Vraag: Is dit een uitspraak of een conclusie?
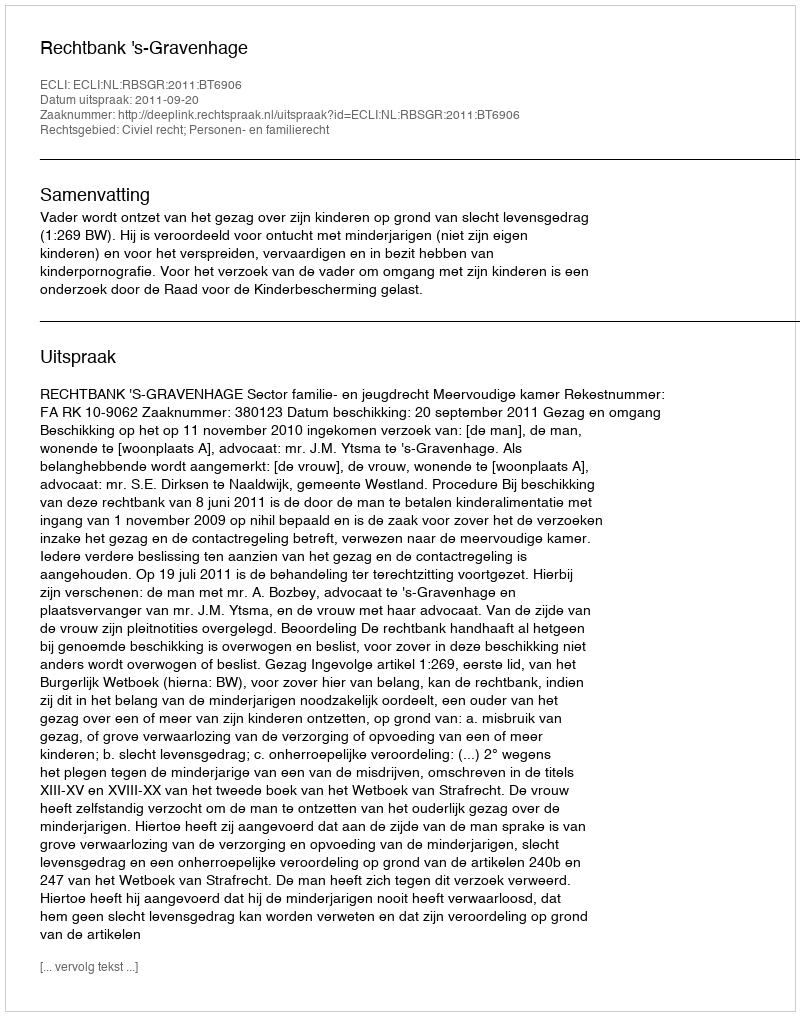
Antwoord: Uitspraak